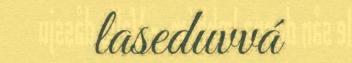
laseduvvá